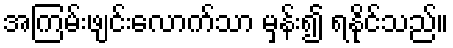
အကြမ်းဖျင်းလောက်သာ မှန်း၍ ရနိုင်သည်။